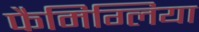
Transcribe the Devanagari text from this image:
फैमिग्लिया